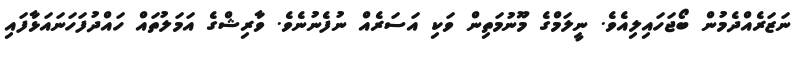
ނަޒަރެއްދެމުން ބޯޖަހައިލިއެވެ. ނީލަމްގެ މޫނުމަތިން ވަކި އަސަރެއް ނުފެނުނެވެ. ވާރިޝްގެ އަމަލުތައް ހައްދުފަހަނައަޅާފައި